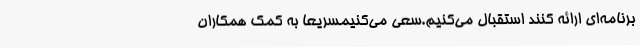
برنامه‌ای ارائه کنند استقبال می‌کنیم.سعی می‌کنیمسریعا به کمک همکاران